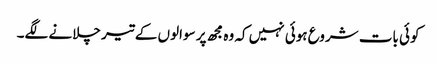
کوئی بات شروع ہوئی نہیں کہ وہ مجھ پر سوالوں کے تیر چلانے لگے۔